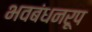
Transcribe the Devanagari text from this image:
भवबंधनरूप